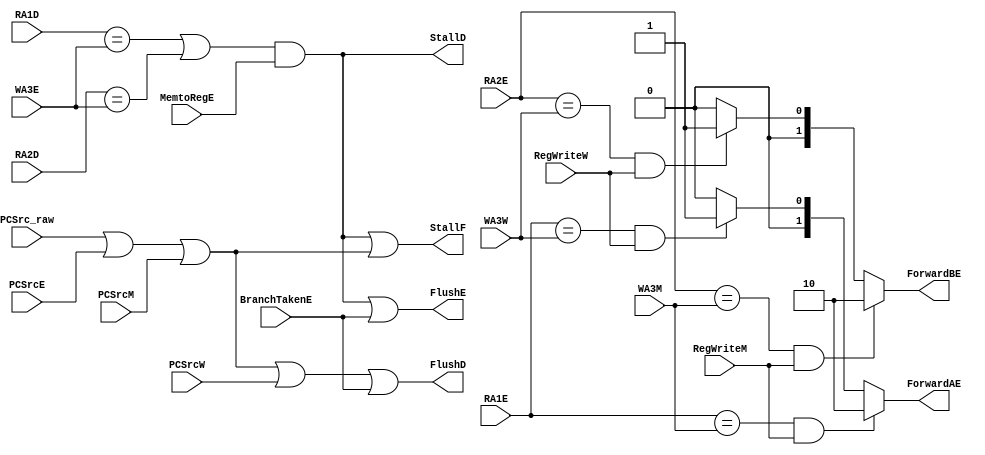
module Hazard
(
 //Datapath Inputs
 input [3:0] RA1E,
 input [3:0] RA2E,
 input [3:0] WA3M,
 input [3:0] WA3W,
 input [3:0] RA1D,
 input [3:0] RA2D,
 input [3:0] WA3E,
 
 //Controller Inputs
 input MemtoRegE,
 input RegWriteW,
 input RegWriteM,
 input PCSrc_raw, 
 input PCSrcE, 
 input PCSrcM,
 input PCSrcW,
 input BranchTakenE,
 
 
 //Hazard Outputs
 output reg StallF, 
 output reg StallD, 
 output reg FlushD, 
 output reg FlushE,
 output reg [1:0] ForwardAE,
 output reg [1:0] ForwardBE
);

reg LDRstall, PCWrPendingF;

always @(*) begin
  // Default values
  StallF = 0;
  StallD = 0;
  FlushD = 0;
  FlushE = 0;
  ForwardAE = 2'b00;
  ForwardBE = 2'b00;

  if ((RA1E == WA3M) && RegWriteM)
      ForwardAE = 2'b10; // SrcAE = ALUOutM
  else if ((RA1E == WA3W) && RegWriteW)
      ForwardAE = 2'b01; // SrcAE = ResultW
  else
      ForwardAE = 2'b00; // SrcAE from regfile
		  
  if ((RA2E == WA3M) && RegWriteM)
      ForwardBE = 2'b10; // SrcBE = ALUOutM
  else if ((RA2E == WA3W) && RegWriteW)
      ForwardBE = 2'b01; // SrcBE = ResultW
  else
      ForwardBE = 2'b00; // SrcBE from regfile
		  
  LDRstall = (RA1D == WA3E || RA2D == WA3E) && MemtoRegE;
  PCWrPendingF = PCSrc_raw || PCSrcE || PCSrcM;
  StallF = LDRstall || PCWrPendingF;
  StallD = LDRstall;
  FlushD = PCWrPendingF || PCSrcW || BranchTakenE;
  FlushE = LDRstall || BranchTakenE;
end

endmodule